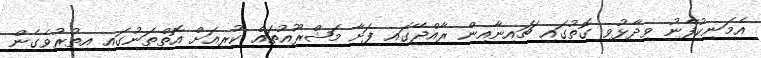
އެމަނިކުފާނު ވިދާޅުވި ގޮތުގައި ޗައިނާއިން ރާއްޖޭގައި ފަށާ މަޝްރޫއުތައް ކުރިއަށް އޮތްތަނުގައި އިތުރުވެގެން